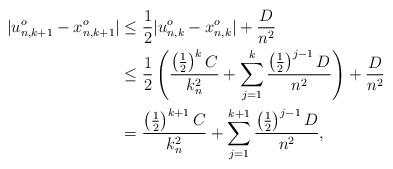
LaTeX: \begin{align*}|u^o_{n,k+1} - x^o_{n,k+1}| &\leq \frac{1}{2}|u^o_{n,k}-x^o_{n,k}| + \frac{D}{n^2} \\&\leq \frac{1}{2}\left(\frac{\left(\frac{1}{2}\right)^kC}{k_n^2}+ \sum_{j=1}^{k}\frac{\left(\frac{1}{2}\right)^{j-1} D}{n^2}\right) + \frac{D}{n^2} \\&=\frac{ \left(\frac{1}{2}\right)^{k+1}C}{k_n^2} + \sum_{j=1}^{k+1} \frac{\left(\frac{1}{2}\right)^{j-1} D}{n^2},\end{align*}